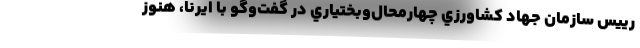
رييس سازمان جهاد كشاورزي چهارمحال‌وبختياري در گفت‌و‌گو با ايرنا، هنوز